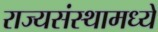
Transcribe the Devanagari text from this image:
राज्यसंस्थामध्ये